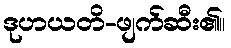
ဒုဟယတိ-ဖျက်ဆီး၏။